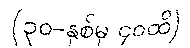
(၃၀-နှစ်မှ ၄၀ထိ)